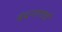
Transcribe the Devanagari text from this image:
वंदनाताई